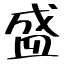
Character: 盛